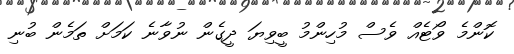
ކޮންމެ ވޯޓެއް ވެސް މުހިންމު ބީވިޔަ ދީގެން ނުވާނެ ކަމަށް ތަމެން ބުނި